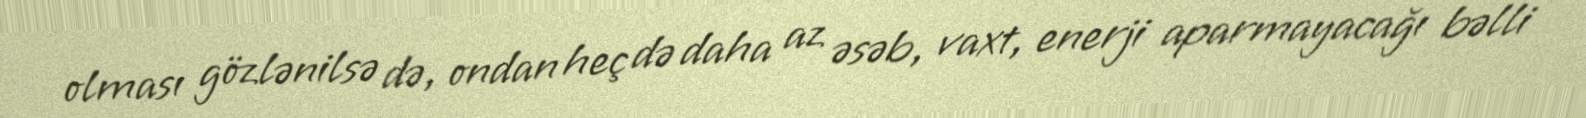
olması gözlənilsə də, ondan heç də daha az əsəb, vaxt, enerji aparmayacağı bəlli